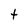
Character: t